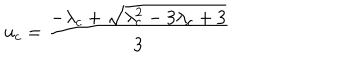
LaTeX: u _ { c } = \frac { - \lambda _ { c } + \sqrt { \lambda _ { c } ^ { 2 } - 3 \lambda _ { c } + 3 } } { 3 }